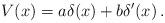
LaTeX: \begin{align*}V(x)=a\delta(x)+b\delta'(x)\,.\end{align*}